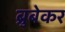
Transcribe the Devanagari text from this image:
ब्रुबेकर